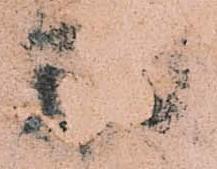
羽